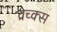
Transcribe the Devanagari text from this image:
व्रेच्क्स